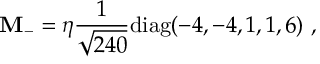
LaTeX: { \bf M } _ { - } = \eta { \frac { 1 } { \sqrt { 2 4 0 } } } \mathrm { d i a g } ( - 4 , - 4 , 1 , 1 , 6 ) \ ,